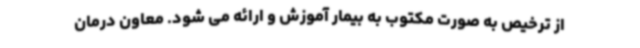
از ترخیص به صورت مکتوب به بیمار آموزش و ارائه می شود. معاون درمان